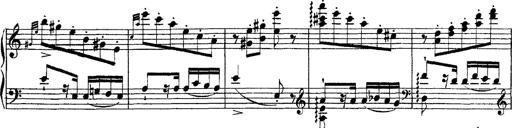
Title: Grandes Ã©tudes de Paganini
Composer: Franz Liszt